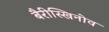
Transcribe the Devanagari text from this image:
बैरीस्खिनोव